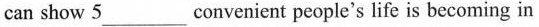
can show 5___ convenient people's life is becoming in